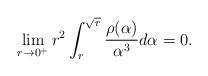
LaTeX: \begin{align*}\lim_{r \to 0^+} r^2 \int_{r}^{\sqrt{r}} \frac{\rho(\alpha)}{\alpha^3} d\alpha = 0.\end{align*}